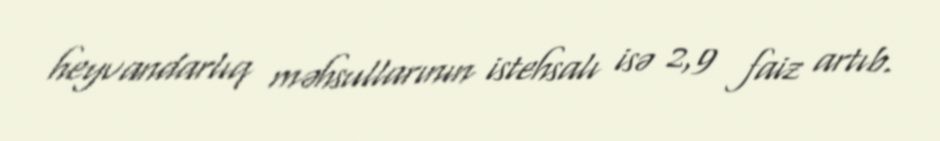
heyvandarlıq məhsullarının istehsalı isə 2,9 faiz artıb.